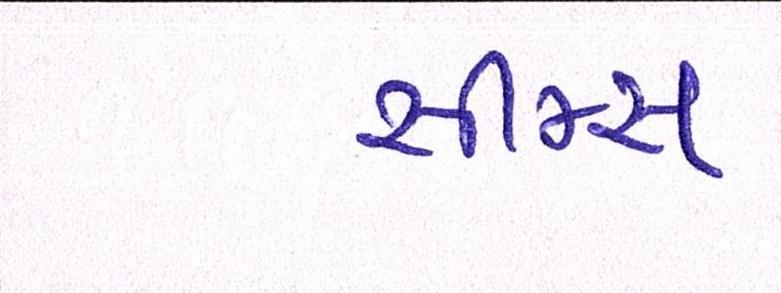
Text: સીમ્સ